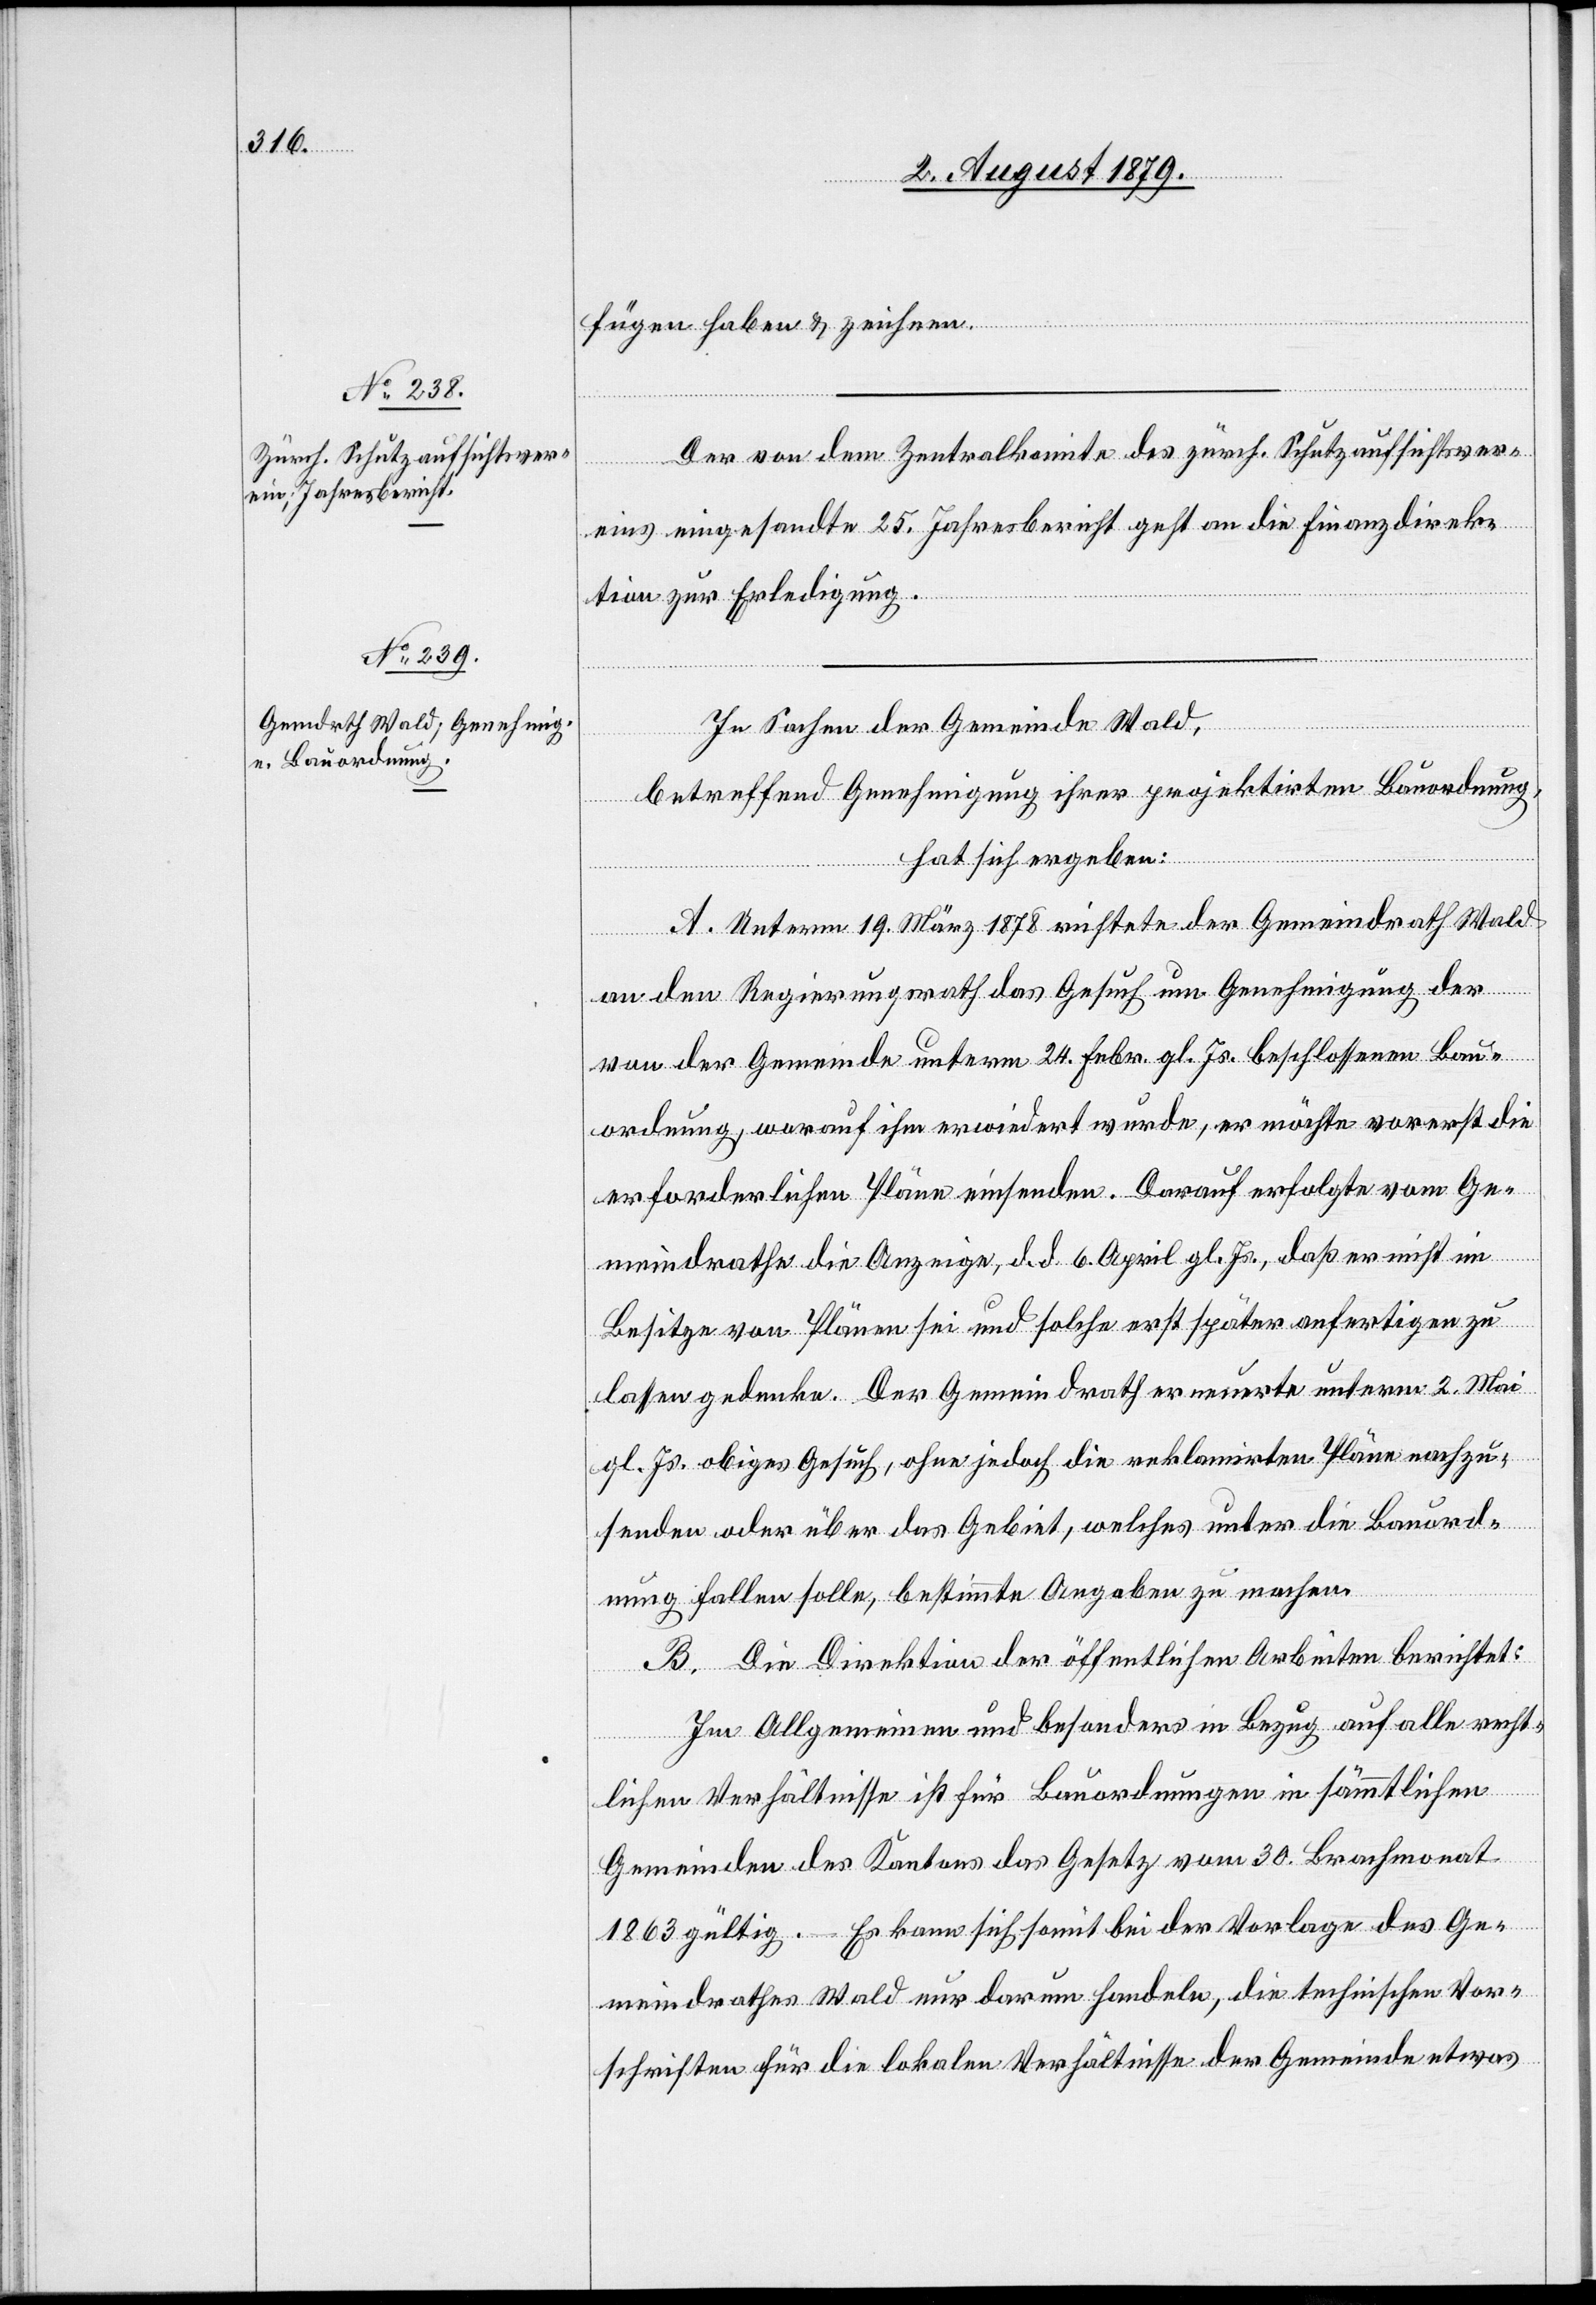
fügen haben & zeichnen.
Der von dem Zentralkomite des zürch. Schutzaufsichtsver¬
eins eingesandte 25. Jahresbericht geht an die Finanzdirek¬
tion zur Erledigung.
In Sachen der Gemeinde Wald,
betreffend Genehmigung ihrer projektirten Bauordnung,
hat sich ergeben:
A. Unterm 19. März 1878 richtete der Gemeindrath Wald
an den Regierungsrath das Gesuch um Genehmigung der
von der Gemeinde unterm 24. Febr. gl. Js. beschlossenen Bau¬
ordnung, worauf ihm erwiedert wurde, er möchte vorerst die
erforderlichen Pläne einsenden. Darauf erfolgte vom Ge¬
meindrathe die Anzeige, d. d. 6. April gl. Js., daß er nicht im
Besitze von Plänen sei und solche erst später anfertigen zu
lassen gedenke. Der Gemeindrath erneuerte unterm 2. Mai
gl. Js. obiges Gesuch, ohne jedoch die reklamirten Pläne nachzu¬
senden oder über das Gebiet, welches unter die Bauord¬
nung fallen solle, bestimmte Angaben zu machen.
B. Die Direktion der öffentlichen Arbeiten berichtet:
Im Allgemeinen und besonders in Bezug auf alle recht¬
lichen Verhältnisse ist für Bauordnungen in sämmtlichen
Gemeinden des Kantons das Gesetz vom 30. Brachmonat
1863 gültig. Es kann sich somit bei der Vorlage des Ge¬
meindrathes Wald nur darum handeln, die technischen Vor¬
schriften für die lokalen Verhältnisse der Gemeinde etwas